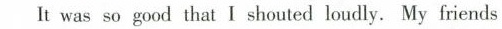
It was so good that I shouted loudly. My friends